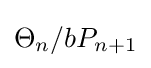
\Theta _{n}/bP_{n+1}